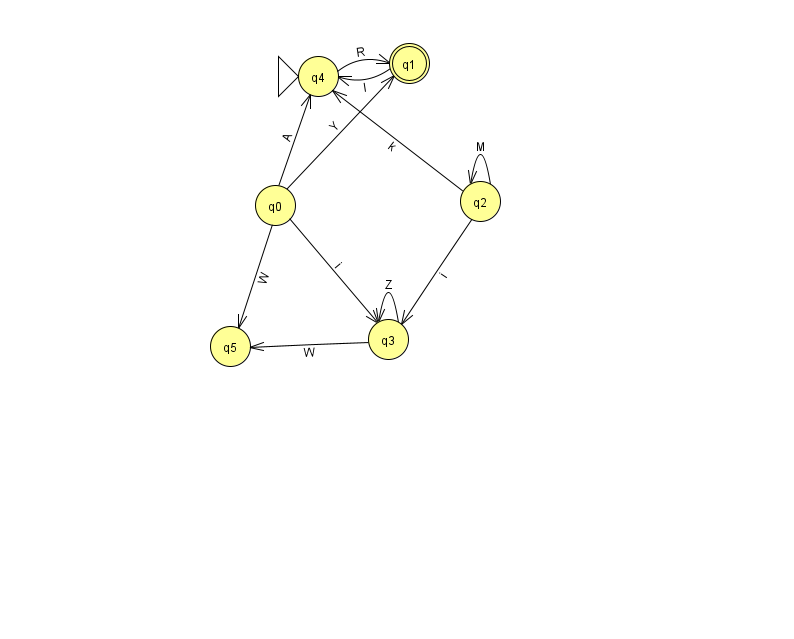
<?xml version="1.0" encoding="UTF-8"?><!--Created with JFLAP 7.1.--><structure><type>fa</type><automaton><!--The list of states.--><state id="0" name="q0"><x>275.0</x><y>192.0</y></state><state id="1" name="q1"><x>409.0</x><y>50.0</y><final/></state><state id="2" name="q2"><x>480.0</x><y>188.0</y></state><state id="3" name="q3"><x>388.0</x><y>326.0</y></state><state id="4" name="q4"><x>318.0</x><y>63.0</y><initial/></state><state id="5" name="q5"><x>230.0</x><y>333.0</y></state><!--The list of transitions.--><transition><from>0</from><to>5</to><read>W</read></transition><transition><from>2</from><to>4</to><read>k</read></transition><transition><from>0</from><to>1</to><read>Y</read></transition><transition><from>4</from><to>1</to><read>R</read></transition><transition><from>3</from><to>5</to><read>W</read></transition><transition><from>0</from><to>4</to><read>A</read></transition><transition><from>3</from><to>3</to><read>Z</read></transition><transition><from>1</from><to>4</to><read>l</read></transition><transition><from>2</from><to>2</to><read>M</read></transition><transition><from>0</from><to>3</to><read>i</read></transition><transition><from>2</from><to>3</to><read>i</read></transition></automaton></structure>